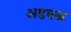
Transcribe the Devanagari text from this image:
अडवळ